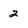
Character: 2